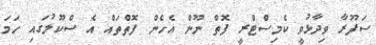
ސަފޫރާ ވިދާޅުވީ ކެމިސްޓްރީ ފޮތް ނޫން އެހެން ފޮތްތައް އެ ސްކޫލުގައި ހަމަ